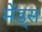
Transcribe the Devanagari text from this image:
मेंड्स